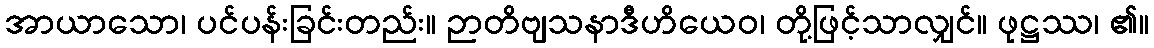
အာယာသော၊ ပင်ပန်းခြင်းတည်း။ ဉာတိဗျသနာဒီဟိယေဝ၊ တို့ဖြင့်သာလျှင်။ ဖုဋ္ဌဿ၊ ၏။